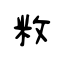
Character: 敉